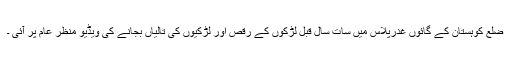
ضلع کوہستان کے گائوں غدرپلاس میں سات سال قبل لڑکوں کے رقص اور لڑکیوں کی تالیاں بجانے کی ویڈیو منظر عام پر آئی ۔